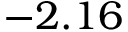
- 2 . 1 6